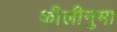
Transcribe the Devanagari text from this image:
कीलीनुमा